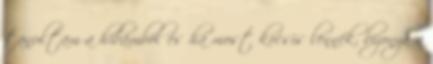
tanultam a hibámból és ha most kocsis lennék, bizonyára